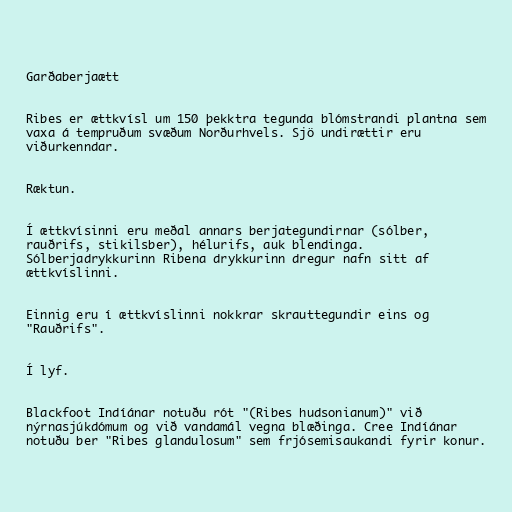
Garðaberjaætt

Ribes er ættkvísl um 150 þekktra tegunda blómstrandi plantna sem
vaxa á tempruðum svæðum Norðurhvels. Sjö undirættir eru
viðurkenndar.

Ræktun.

Í ættkvísinni eru meðal annars berjategundirnar (sólber,
rauðrifs, stikilsber), hélurifs, auk blendinga.
Sólberjadrykkurinn Ribena drykkurinn dregur nafn sitt af
ættkvíslinni.

Einnig eru í ættkvíslinni nokkrar skrauttegundir eins og
"Rauðrifs".

Í lyf.

Blackfoot Indíánar notuðu rót "(Ribes hudsonianum)" við
nýrnasjúkdómum og við vandamál vegna blæðinga. Cree Indíánar
notuðu ber "Ribes glandulosum" sem frjósemisaukandi fyrir konur.